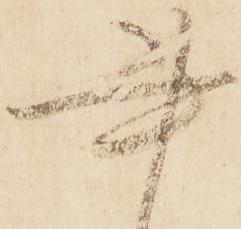
書